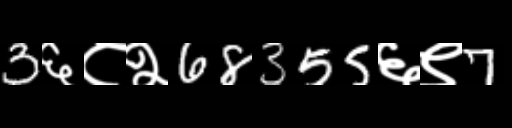
Text: 3६८२68355६९7